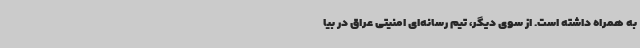
به همراه داشته است. از سوی دیگر، تیم رسانه‌ای ‌امنیتی عراق در بیا